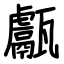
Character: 甗